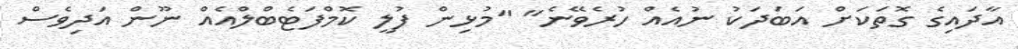
އާދައިގެ ގޮތަކަށް އަބަދަކު ނުއެއް ހުރެވޭނެ" "މުޅިން ފުލީ ކޮމްފަޓެބްލްއެއް ނޫން އަދިވެސް